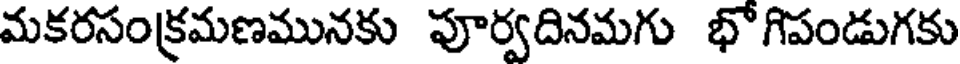
మకరసంక్రమణమునకు పూర్వదినమగు భోగిపండుగకు